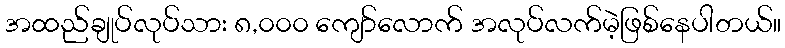
အထည်ချုပ်လုပ်သား ၈,၀၀၀ ကျော်လောက် အလုပ်လက်မဲ့ဖြစ်နေပါတယ်။